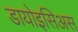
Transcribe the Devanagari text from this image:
डायोइसिअस